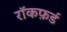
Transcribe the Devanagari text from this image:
रॉकफ़र्ड